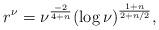
LaTeX: \begin{align*}r^\nu = \nu^{\frac{-2}{4+n}}(\log \nu)^{\frac{1+n}{2+n/2}},\end{align*}